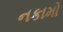
નકામો